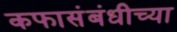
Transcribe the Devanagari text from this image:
कफासंबंधीच्या